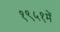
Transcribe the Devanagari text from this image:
१९५१में